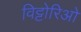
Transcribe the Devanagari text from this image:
विट्टोरिओ